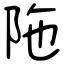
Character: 陁